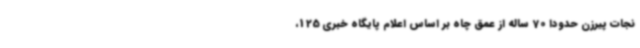
نجات پیرزن حدودا 70 ساله از عمق چاه بر اساس اعلام پایگاه خبری 125،